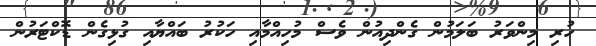
ހުރި މިންވަރު ބަލަމުން ގެންދިއުން ވެސް މުހިއްމާއި ހަކުރު ބައްޔާއި ގުޅިގެން ޑޮކްޓަރުން